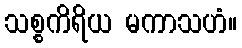
သစ္စကိရိယ မကာသဟံ။